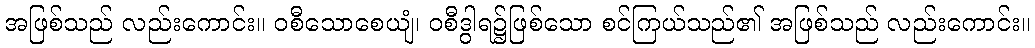
အဖြစ်သည် လည်းကောင်း။ ဝစီသောစေယျံ၊ ဝစီဒွါရ၌ဖြစ်သော စင်ကြယ်သည်၏ အဖြစ်သည် လည်းကောင်း။